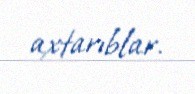
axtarıblar.